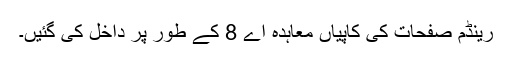
رینڈم صفحات کی کاپیاں معاہدہ اے 8 کے طور پر داخل کی گئیں۔